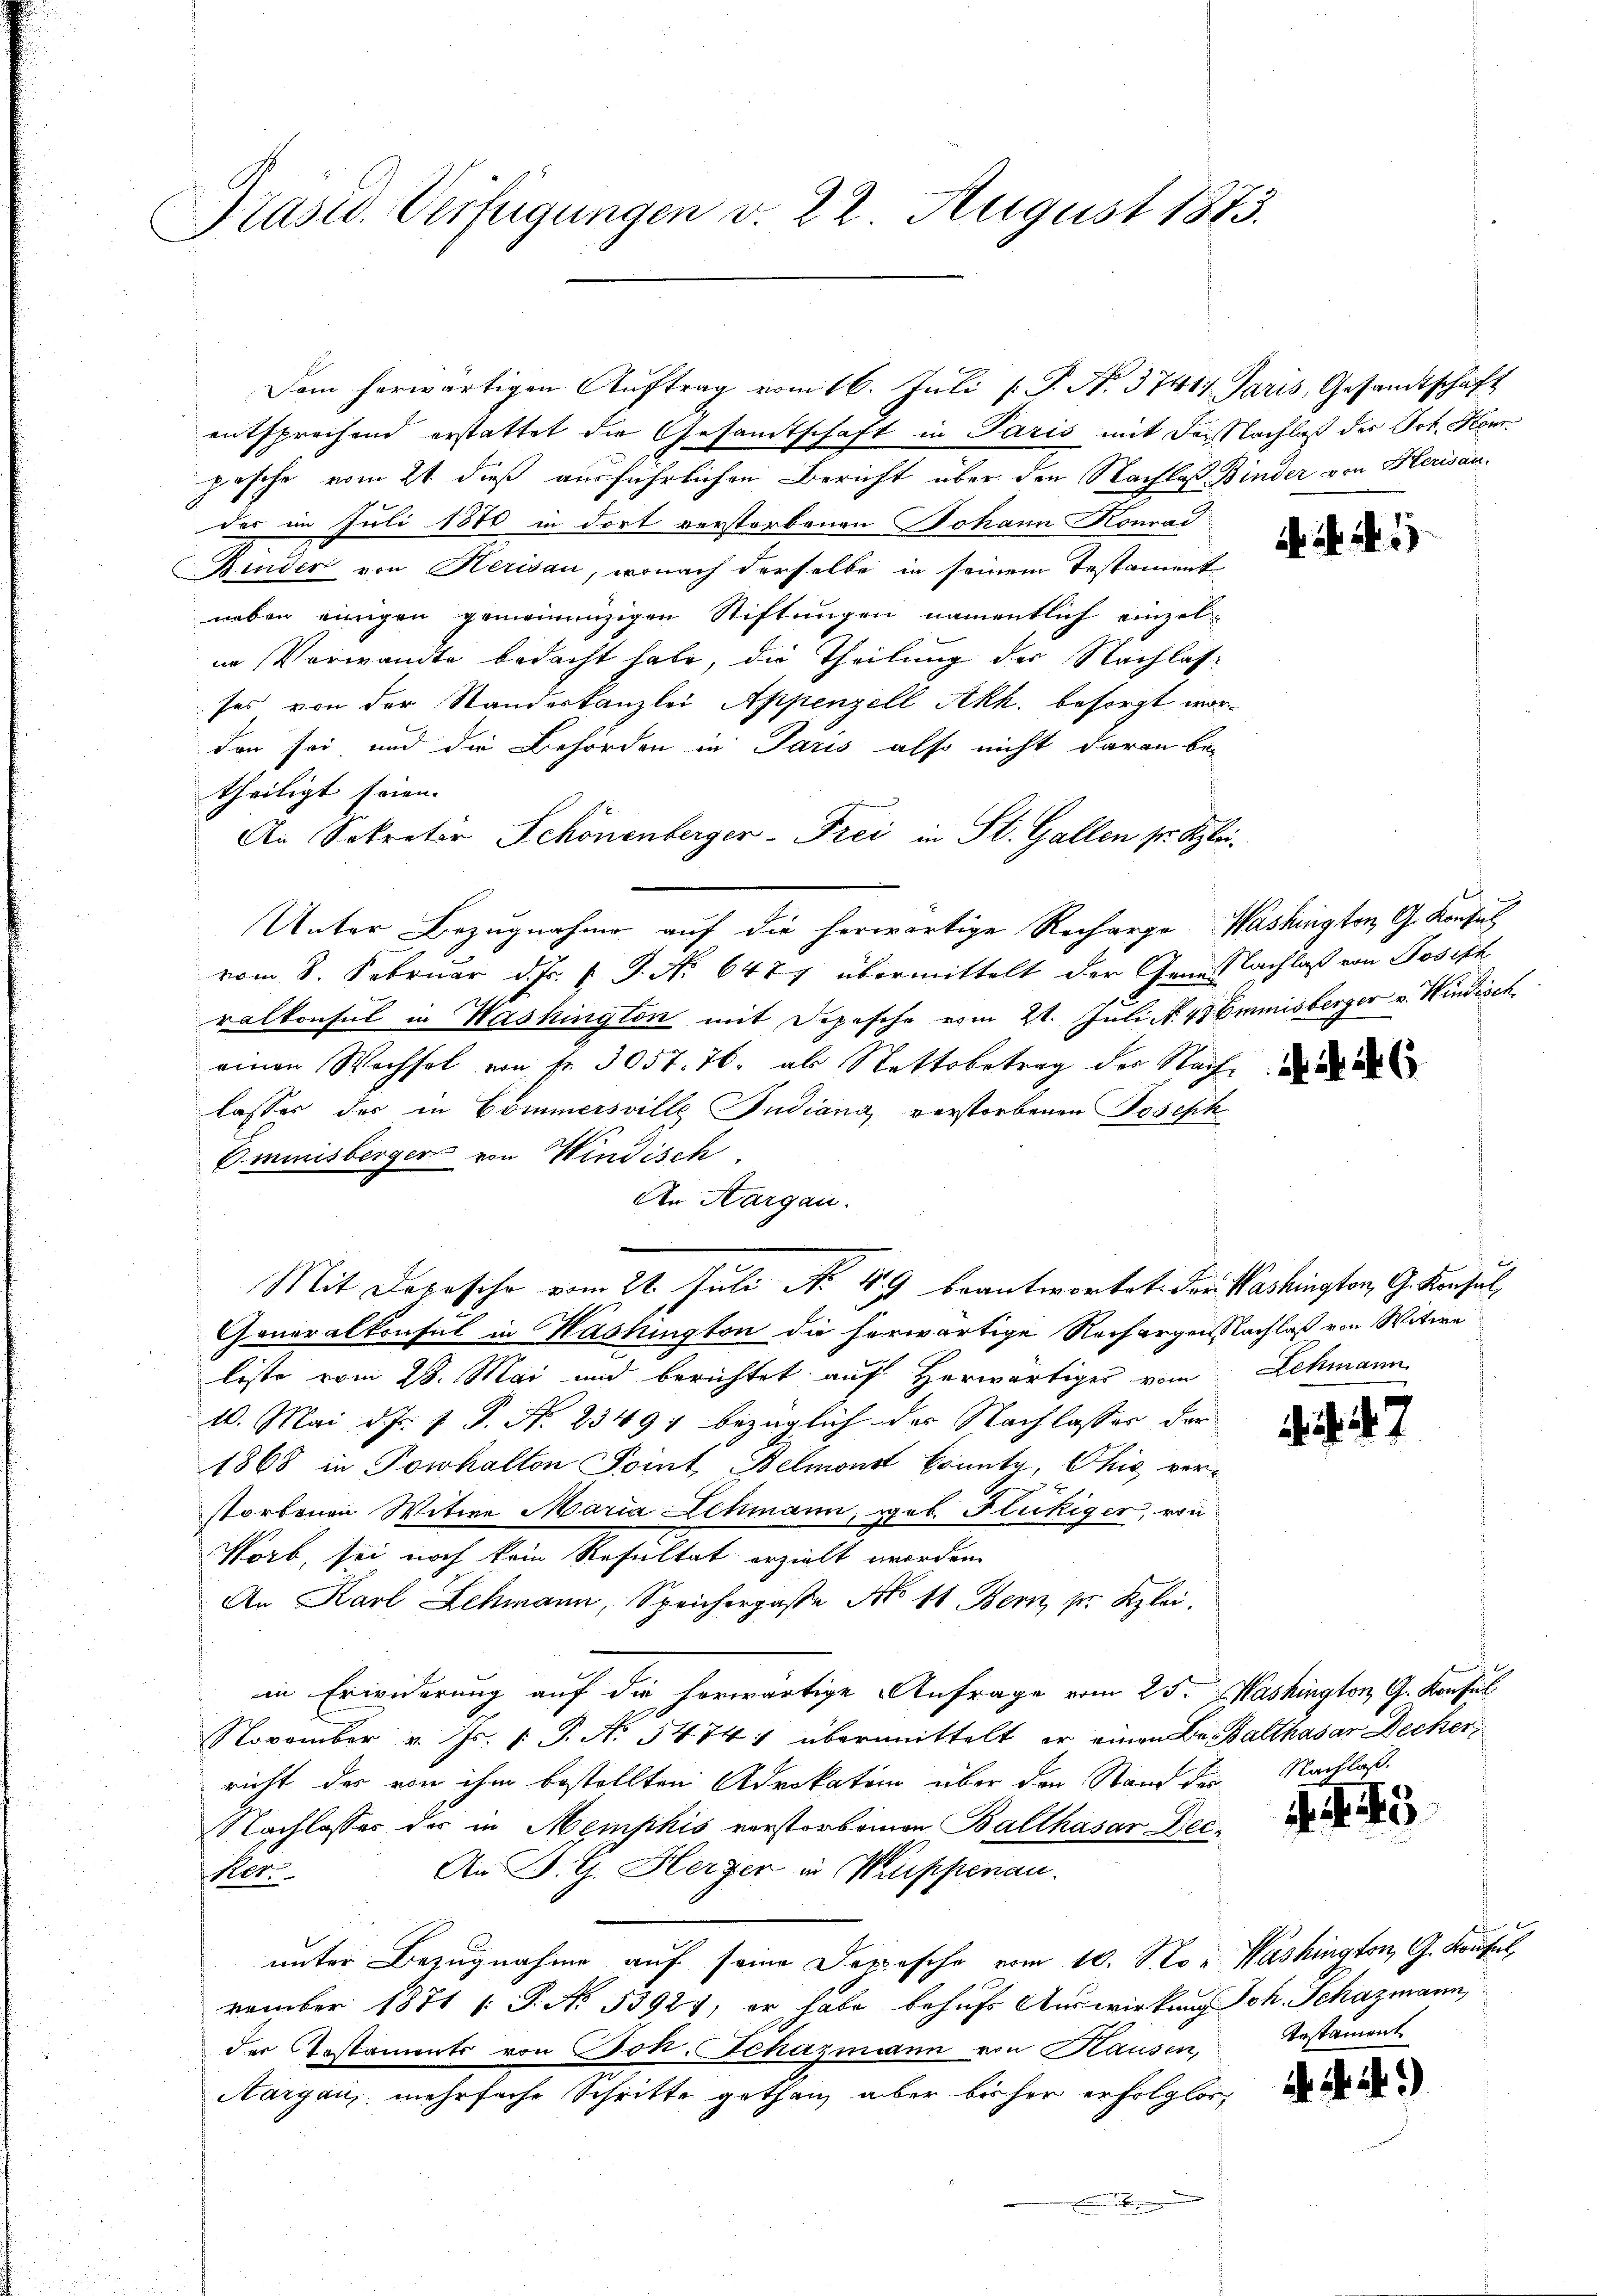
Präsid. Verfügungen v. 22 August 1875.

entsprechend erstattet die Gesandtschaft in Paris mit der Nachlaß des Joh. Honposche vom 21. dieß ausführlichen Bericht über den Nachlaß. Binder von Herisandas im Juli 1870 in dort verstorbenen Johann Konrad
Binder von Herisau, wonach derselbe in seinem Testament
neben einigen gemeinnüzigen Stiftungen namentlich einzel-
in Vorwandte bedacht habe, die Theilung der Nachlasses von der Standeskanzlei Appenzell Akh. besorgt worden sei und die Behörden in Paris also nicht daran be-
theiligt seien. |
An Sokrator Schönenberger-Frei in St. Gallen sr. Klei¬
Unter Bezugnahme auf die herwärtige Recharge Washington, G. Konsul
vom 8. Februar d. Js. v. J. No 6477 übermittelt der Genusslachlaß von Joseph
ralkonsul in Washington mit Depesche vom 21. Juli N. 43 Emmisberger v. Hindisch
einen Wechsel von fr. 3057. 76, als Nettobetrag der Nach die
lassers des in Commersville Judiang verstorbenen Joseph
Ommnisberger von Windisch
An Aargau.
Goneralkonsul in Washington die herwärtige Rechargen Nachlaß von Witwe
liste vom 28. Mai und berichtet auf Herwärtiges vom Schmann
10. Mai d. J. J. P. N. 23497 bezüglich des Nachlasser der
1868 in Tonhalten Point, Belmonst konnte, Chić vorstorbenen Witwe Maria Lehmann, geb. Flückiger, von
Norb, sei noch kein Resultat erzielt worden
An Karl Lehmann, Speicherpasse No 11 Bern pr. Klei
in Erwiderung auf die horwärtige Anfrage vom 25. Mashington G. Konsul
November v. Js. (T. No. 5474; übermittelt er einen Be Balthasar Decker,
richt der von ihm bestellten Advokatem über den Stand der
NNachlasser ders in Mempkis vorstorbomon Balthasar Dec¬
An B. G. Herzer in Kuppenau.
100
unter Bezugnahme auf seine Depesche vom 10. No. Washington, G. Krusel
vember 1871 [ P. No 53921, er habe behufs Auswirkung Joh. Schazmann,
der Testaments von Joh. Schazmann von Hausen,
Aargau, mehrfache Schritte gethan aber bisher erfolglos,

Mit Depesche vom 21. Juli No 49 beantwortet. Der Washington, G. Konsul

Dem herwärtigen Auftrag vom 16. Juli [ P. N. 37417 Paris, Gesandtschaft

d. d. M.

47

Nachlass.

45

Testament

i. a.)